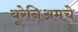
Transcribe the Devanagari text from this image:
यूरेनिअमचे